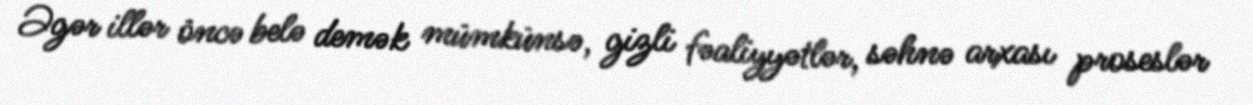
Əgər illər öncə belə demək mümkünsə, gizli fəaliyyətlər, səhnə arxası proseslər